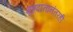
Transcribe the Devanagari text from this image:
गृहदानानंतरही